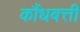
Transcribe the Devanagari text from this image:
कौंधबत्ती